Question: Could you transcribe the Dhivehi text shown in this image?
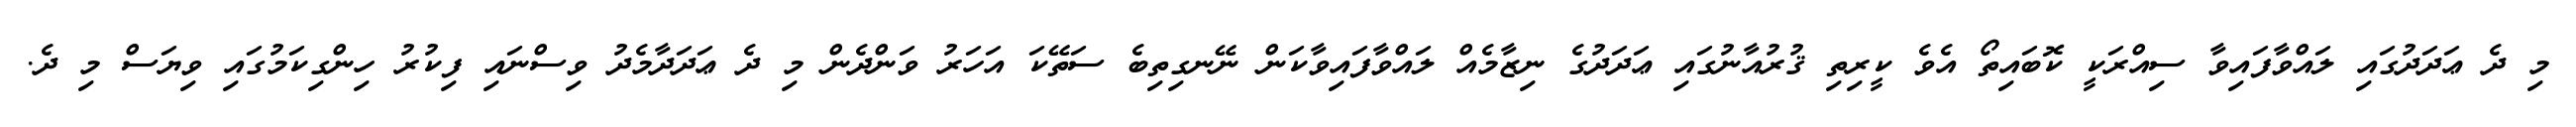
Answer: މި ދެ ޢަދަދުގައި ލައްވާފައިވާ ސިއްރަކީ ކޮބައިތޯ އެވެ ކީރިތި ޤުރުއާނުގައި ޢަދަދުގެ ނިޒާމެއް ލައްވާފައިވާކަން ނޭނގިތިބެ ސަތޭކަ އަހަރު ވަންދެން މި ދެ ޢަދަދާމެދު ވިސްނައި ފިކުރު ހިންގިކަމުގައި ވިޔަސް މި ދެ.